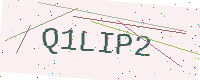
Text: Q1LIP2